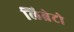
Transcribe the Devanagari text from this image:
लिब्रेटो